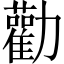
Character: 勸